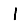
Digit: 1